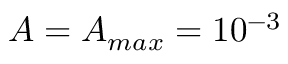
A = A _ { m a x } = 1 0 ^ { - 3 }